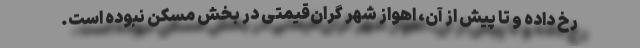
رخ داده و تا پیش از آن، اهواز شهر گران‌قیمتی در بخش مسکن نبوده است.